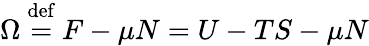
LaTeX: \Omega\ {\stackrel{\mathrm{def}}{=}}\ F-\mu N=U-TS-\mu N